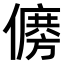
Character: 𠏛